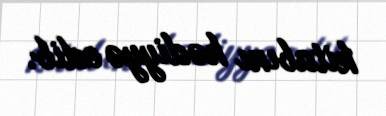
kitabını hədiyyə edib.